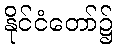
နိုင်ငံတော်၌